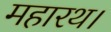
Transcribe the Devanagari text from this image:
महारथ।